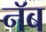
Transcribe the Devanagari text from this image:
नॅब